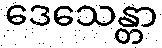
ဒေသေန္တာ